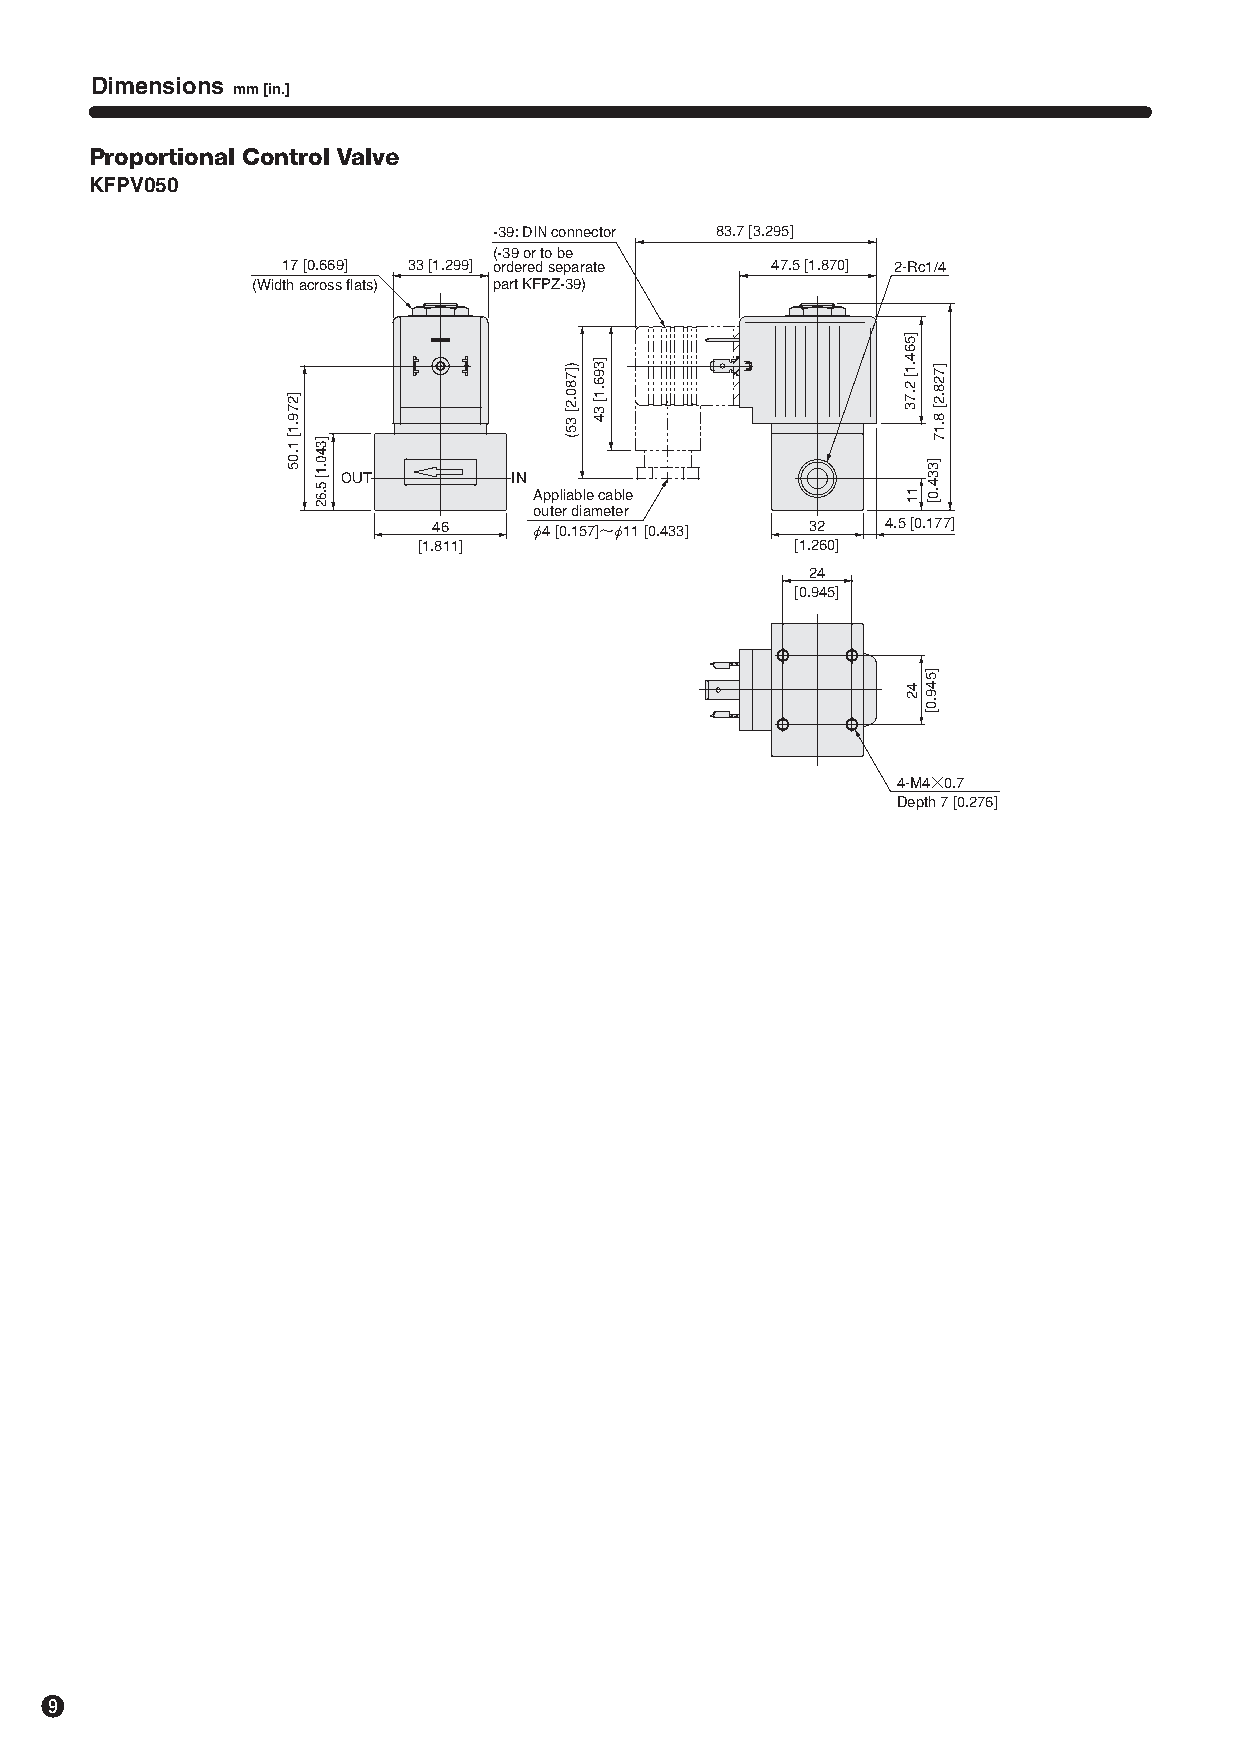
Dimensions
 mm [in.]
 Proportional Control Valve
 KFPV050
 -39: ＤＩＮ connector 83.7 [3.295]
 (-39 or to be
 17 [0.669] 33 [1.299] ordered separate 47.5 [1.870] 2-Rc1/4
 (Width across flats) part KFPZ-39)
 ＯＵＴ         IN
 Appliable cable
 outer diameter
 46    φ4 [0.157]〜φ11 [0.433] 32 4.5 [0.177]
 [1.811]                  [1.260]
 24
 [0.945]
 4-M4×0.7
 Depth 7 [0.276]
 o
 ]279.1[
 1.05 ]340.1[
 5.62
 )]780.2[
 35(
 ]396.1[
 34
 ]564.1[
 2.73
 11
 42
 ]728.2[
 8.17
 ]334.0[
 ]549.0[